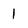
Character: 1